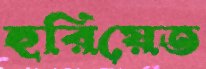
হুরিয়েত